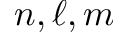
n , \ell , m